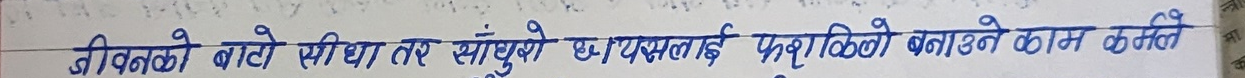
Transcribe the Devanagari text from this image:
जीवनको बाटो सिधा तर साँचो छ। यसलाई फुर्सदिलो बनाउने काम कहिले